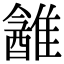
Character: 䨄